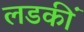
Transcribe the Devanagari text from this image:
लडकीं